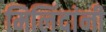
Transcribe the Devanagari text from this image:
मिलिंदांनी